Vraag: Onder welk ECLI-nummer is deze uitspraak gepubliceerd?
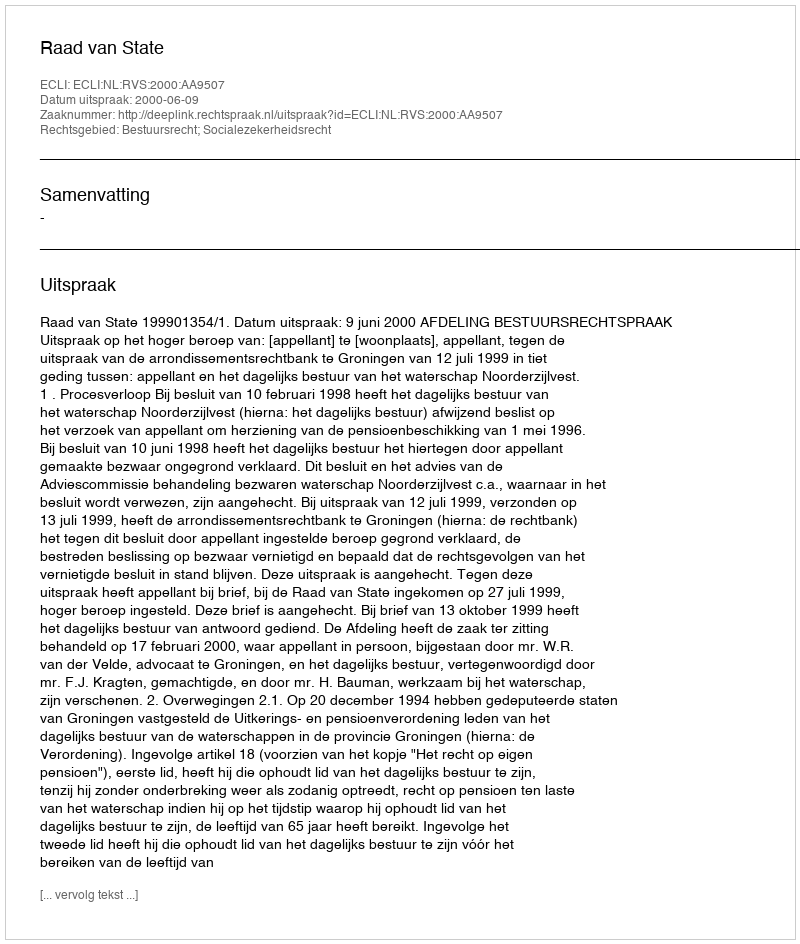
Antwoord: ECLI:NL:RVS:2000:AA9507